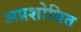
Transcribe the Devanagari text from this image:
अप्रशोधित